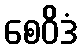
စေဝိဒံ